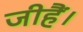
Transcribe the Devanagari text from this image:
जीहैं।